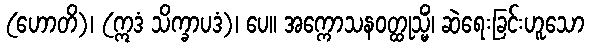
(ဟောတိ)၊ (ဣဒံ သိက္ခာပဒံ)၊ ပေ။ အက္ကောသနဝတ္ထုသ္မိံ၊ ဆဲရေးခြင်းဟူသော